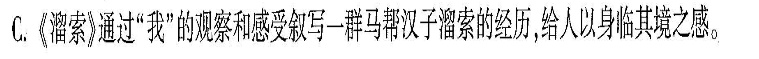
溜索》通过“我”的观察和感受叙写一群马帮汉子溜索的经历给人以身临其境之感。